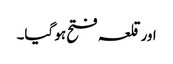
اور قلعہ فتح ہو گیا۔